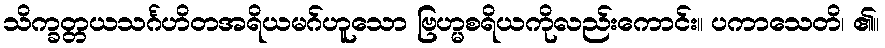
သိက္ခတ္တယသင်္ဂဟိတအရိယမဂ်ဟူသော ဗြဟ္မစရိယကိုလည်းကောင်း။ ပကာသေတိ၊ ၏။